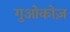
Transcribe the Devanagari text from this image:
गुओकोज़